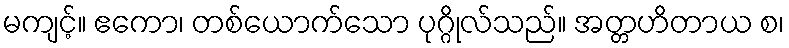
မကျင့်။ ဧကော၊ တစ်ယောက်သော ပုဂ္ဂိုလ်သည်။ အတ္တဟိတာယ စ၊